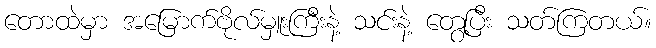
တောထဲမှာ အမြောက်ဗိုလ်မှူးကြီးနဲ့ သင်းနဲ့ တွေ့ပြီး သတ်ကြတယ်။